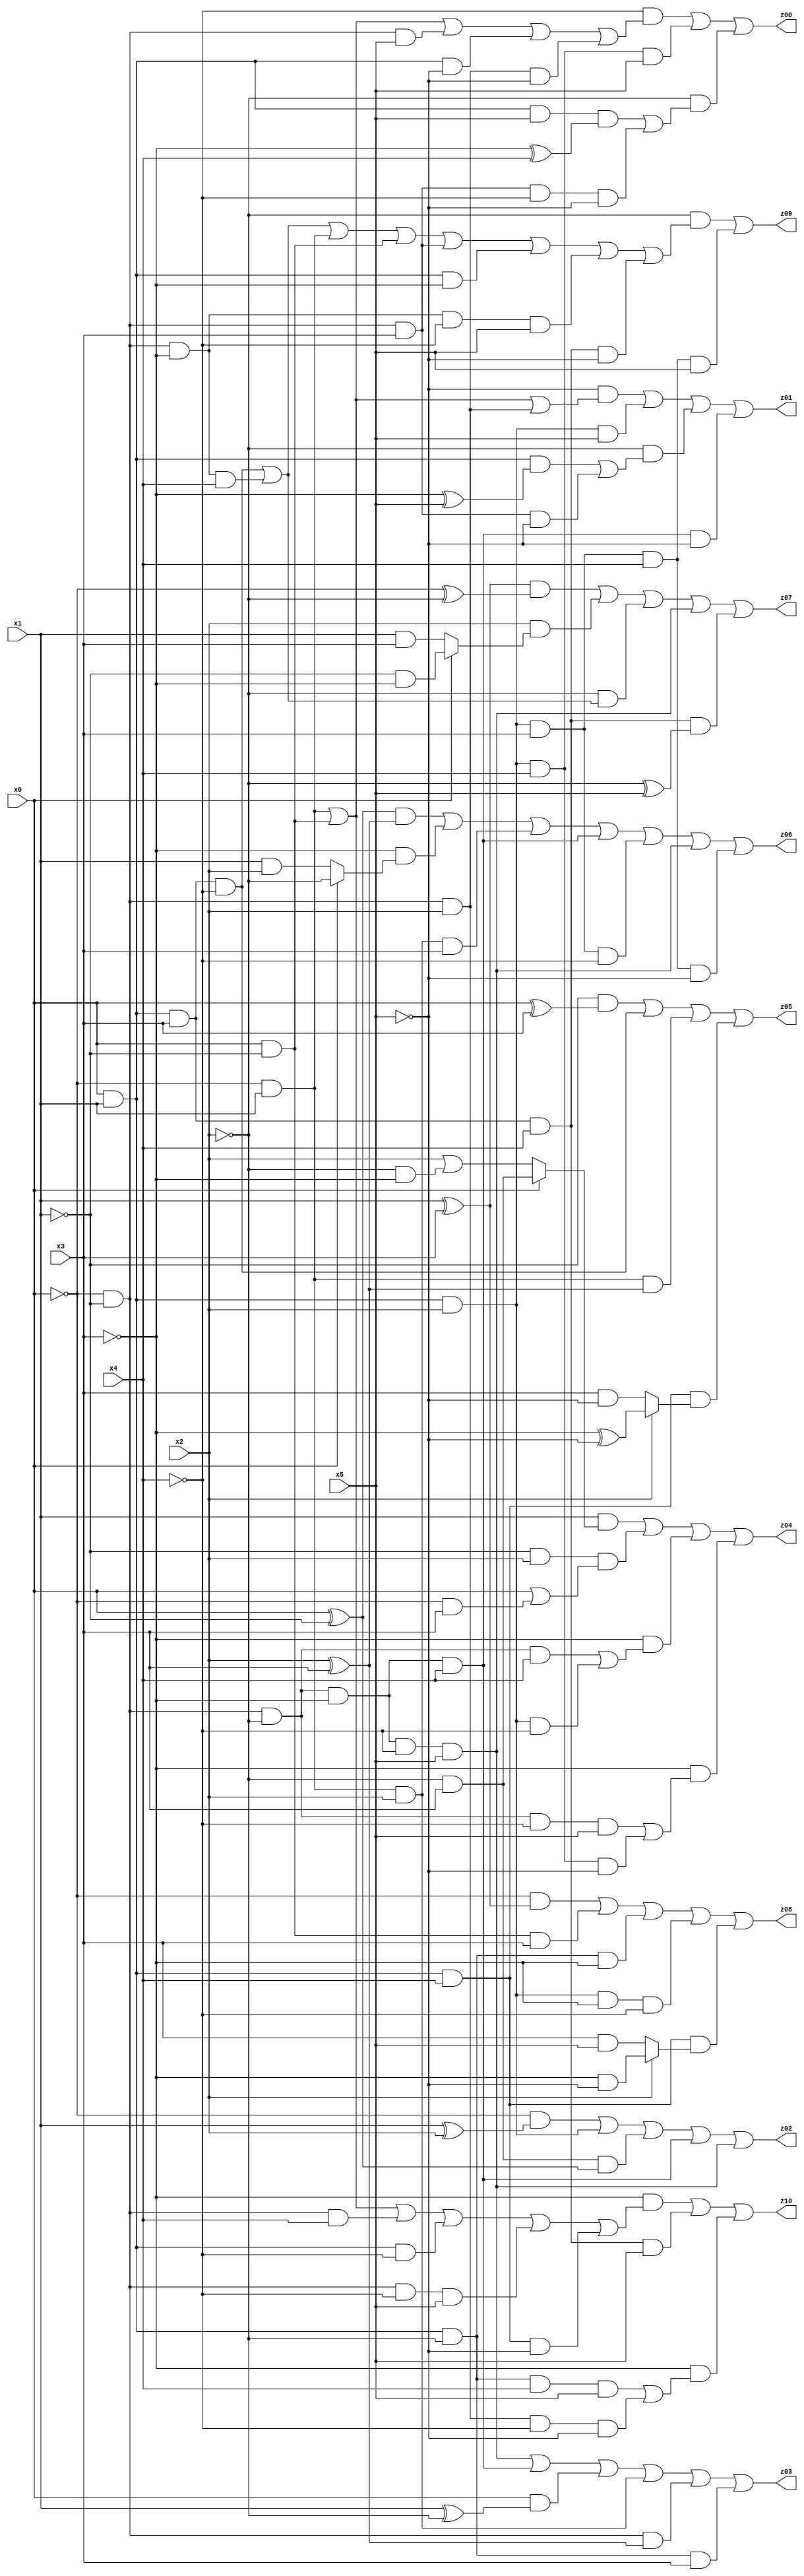
// Benchmark "X_36" written by ABC on Mon Jun 05 01:34:11 2023

module X_36 ( 
    x0, x1, x2, x3, x4, x5,
    z00, z01, z02, z03, z04, z05, z06, z07, z08, z09, z10  );
  input  x0, x1, x2, x3, x4, x5;
  output z00, z01, z02, z03, z04, z05, z06, z07, z08, z09, z10;
  assign z00 = (~x4 & ((~x0 & x1) | (x0 & ~x1) | (~x0 & ~x1 & x5) | (x0 & x1 & ~x5) | (~x0 & ~x1 & x2 & ~x5))) | (x0 & x1 & x2 & x4 & x5) | (~x2 & ((x0 & x1 & x5 & (~x3 ^ x4)) | (~x0 & ~x1 & x3 & ~x4 & ~x5)));
  assign z01 = (~x5 & ((~x0 & x1) | (x0 & ~x1) | (~x0 & ~x1 & x2))) | (x0 & x1 & x2 & x5) | (~x2 & ((x0 & x1 & (~x3 ^ x5)) | (~x0 & ~x1 & x3 & ~x5))) | (~x0 & ~x1 & ~x2 & ~x3 & x4 & ~x5);
  assign z02 = (~x0 & (x1 ^ x2)) | (x0 & x1 & x2) | (~x2 & x3 & (x0 ^ ~x1)) | (~x0 & ~x1 & ~x2 & ~x3 & x4) | (~x0 & ~x1 & ~x2 & ~x3 & ~x4 & x5);
  assign z03 = (~x0 & ~x1 & ~x2 & ~x3 & ~x4 & x5) | (~x0 & ~x1 & ~x2 & ~x3 & x4) | (x0 & (x1 ^ ~x2)) | (~x0 & x1 & x2) | (~x0 & ~x1 & (x2 ^ x3)) | (x0 & x1 & ~x2 & x3);
  assign z04 = (x1 & (x0 ? (~x2 & x3) : (x2 | (~x2 & ~x3)))) | (~x1 & x2 & (x0 | (~x0 & x3))) | (~x3 & ((~x0 & ~x1 & ~x2 & x4) | (x0 & x1 & x2 & ~x4))) | (~x3 & ((~x0 & ~x1 & ~x2 & ~x4 & x5) | (x0 & x1 & x2 & x4 & ~x5)));
  assign z05 = (~x1 & (x0 ^ x3)) | (x0 & x1 & x3 & ~x4) | (~x0 & x1 & (x2 ^ x3)) | (x0 & x1 & x4 & (x2 ? (~x3 ^ ~x5) : (x3 & ~x5)));
  assign z06 = ((x0 ^ ~x1) & (x2 ^ x3)) | (~x3 & (x0 ? ~x2 : (x1 & x2))) | (~x0 & x1 & x2 & x3) | (~x0 & ~x1 & ~x2 & ~x3 & x4) | (x0 & x1 & x2 & x3 & ~x4) | (~x0 & ~x1 & ~x2 & ~x3 & ~x4 & x5) | (x0 & x1 & x2 & x3 & x4 & ~x5);
  assign z07 = ((x1 ^ x3) & (~x0 ^ ~x2)) | (x2 & (x0 ? (~x1 & ~x3) : (x1 & x3))) | (~x2 & ((x0 & x1 & x3 & ~x4) | (~x0 & ~x1 & ~x3 & x4))) | (~x0 & ~x1 & ~x2 & ~x3 & ~x4 & x5) | (x0 & x1 & x3 & x4 & (~x2 ^ x5));
  assign z08 = (~x0 & (x1 ^ x3)) | (x0 & ~x1 & x3) | (x0 & x1 & ~x2 & ~x3) | (x0 & x1 & x2 & ~x3 & ~x4) | (x0 & x1 & x4 & (x2 ? (~x3 & ~x5) : (x3 & x5)));
  assign z09 = (~x2 & ((x0 & x1 & x3 & ~x4) | (~x0 & ~x1 & ~x3 & x4) | (~x0 & x1) | (x0 & ~x1) | (~x0 & ~x1 & x3) | (x0 & x1 & ~x3) | (~x0 & ~x1 & ~x3 & ~x4 & x5) | (x0 & x1 & x3 & x4 & ~x5))) | (x0 & x1 & x2 & x3 & x4 & x5);
  assign z10 = (~x3 & ((~x0 & x1) | (x0 & ~x1) | (~x0 & ~x1 & x4) | (x0 & x1 & ~x4) | (~x0 & ~x1 & ~x4 & x5) | (x0 & x1 & x4 & ~x5))) | (x0 & x1 & x3 & x4 & x5) | (~x3 & ((x0 & x1 & ~x2 & x4 & x5) | (~x0 & ~x1 & x2 & ~x4 & ~x5)));
endmodule